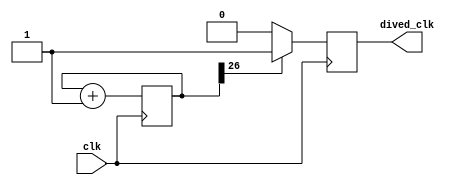
// 1hz

module clk_div(
 input clk,
 output reg dived_clk
    );
  reg [31:0] cnt=32'b0;
  always@(posedge clk)
  begin 
  cnt<=cnt+32'b1;
  if(cnt[26]==1) begin 
    dived_clk<=32'b1;
  end
  else begin
   dived_clk<=32'b0;
   end
  end  
    
endmodule